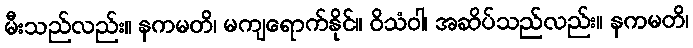
မီးသည်လည်း။ နကမတိ၊ မကျရောက်နိုင်။ ဝိသံဝါ၊ အဆိပ်သည်လည်း။ နကမတိ၊